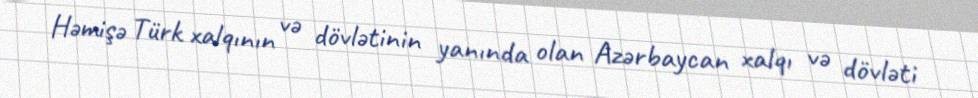
Həmişə Türk xalqının və dövlətinin yanında olan Azərbaycan xalqı və dövləti